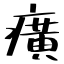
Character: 癀